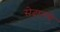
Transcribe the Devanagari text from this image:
सेदानचे